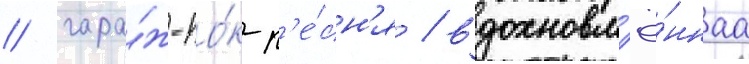
/ гара́ж-ро́к-п'е́сн'я / вдохновл'ё́ннаа